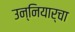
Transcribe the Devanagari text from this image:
उन्नियार्चा